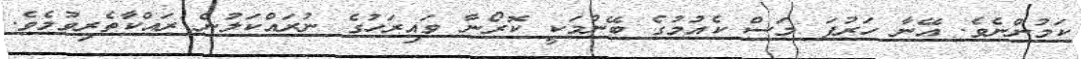
ކަމުންނެވެ. އޭނާ ހަރުފަ މަސް ކެއުމުގެ ބޭނުމަކީ ކޮރޯނާ ވައިރަހުގެ ނުރައްކަލުން ރައްކާތެރިވުމެވެ.